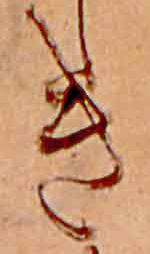
き